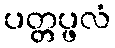
ပတ္တပ္ဖလံ